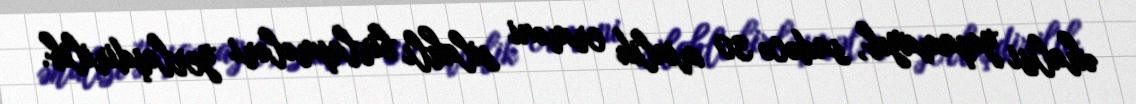
əhalisi yaşamayıb, sadəcə 30 minlik erməni silahlı birləşmələri yerləşdirilib.